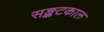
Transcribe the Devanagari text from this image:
सङ्कटकाल